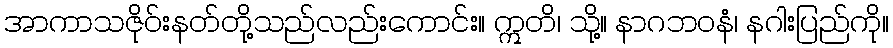
အာကာသဇိုဝ်းနတ်တို့သည်လည်းကောင်း။ ဣတိ၊ သို့။ နာဂဘဝနံ၊ နဂါးပြည်ကို။